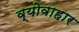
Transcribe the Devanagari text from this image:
व्योवाहार